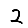
Digit: 2